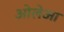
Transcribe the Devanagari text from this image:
ओलेआ